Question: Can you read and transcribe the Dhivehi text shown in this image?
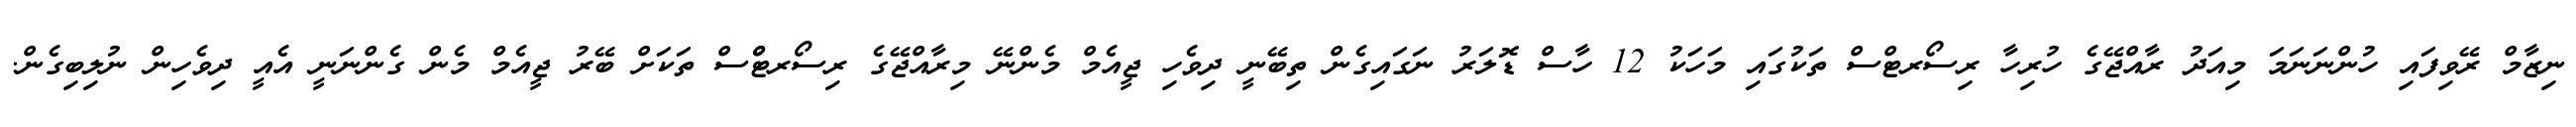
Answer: ނިޒާމް ރޭވިފައި ހުންނަނަމަ މިއަދު ރާއްޖޭގެ ހުރިހާ ރިސޯރޓްސް ތަކުގައި މަހަކު 12 ހާސް ޑޮލަރު ނަގައިގެން ތިބޭނީ ދިވެހި ޖީއެމް މެންނޭ މިރާއްޖޭގެ ރިސޯރޓްްސް ތަކަށް ބޭރު ޖީއެމް މެން ގެންނަނީ އެއީ ދިވެހިން ނުލިބިގެން.